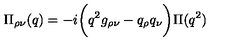
{ \Pi } _ { \rho \nu } ( q ) = - i \biggl ( q ^ { 2 } g _ { \rho \nu } - q _ { \rho } q _ { \nu } \biggr ) \Pi ( q ^ { 2 } )